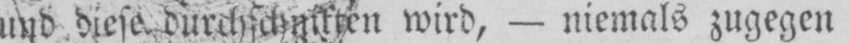
und diese durchschnitten wird, - niemals zugegen